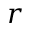
r